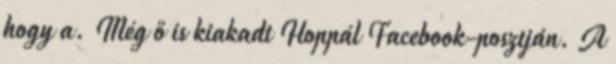
hogy a. Még ő is kiakadt Hoppál Facebook-posztján. A